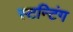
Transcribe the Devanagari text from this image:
स्टन्टिंग